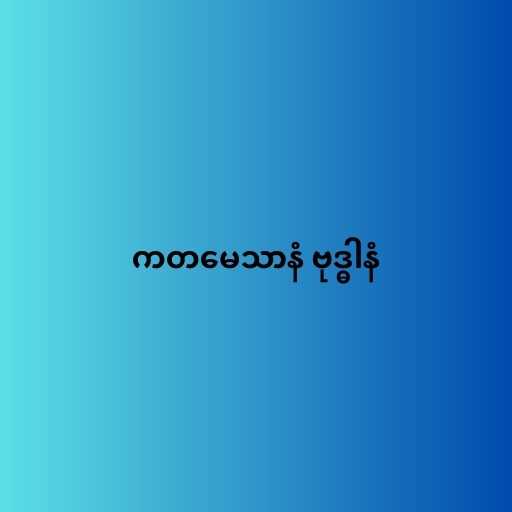
ကတမေသာနံ ဗုဒ္ဓါနံ